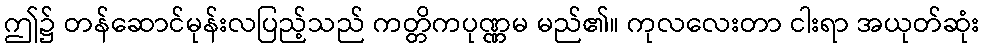
ဤ၌ တန်ဆောင်မုန်းလပြည့်သည် ကတ္တိကပုဏ္ဏမ မည်၏။ ကုလလေးတာ ငါးရာ အယုတ်ဆုံး